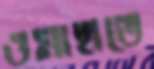
ওমাহাতে